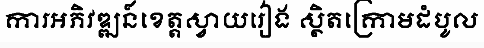
ការអភិវឌ្ឍន៍ខេត្តស្វាយរៀង ស្ថិតក្រោមដំបូល